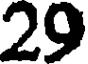
29